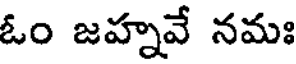
ఓం జహ్నవే నమః